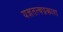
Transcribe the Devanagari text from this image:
यज्ञतत्वप्रकाश